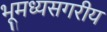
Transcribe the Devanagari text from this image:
भूमध्यसगरीय